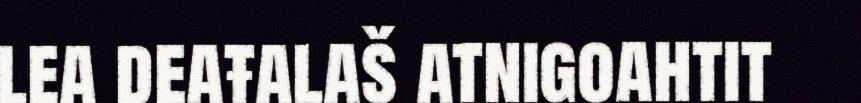
lea deaŧalaš atnigoahtit